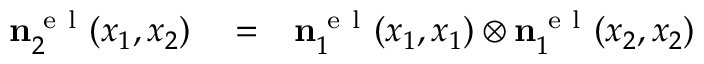
\begin{array} { r l r } { \ensuremath { \mathbf { n } } _ { 2 } ^ { \ensuremath { \mathrm { ~ e ~ l ~ } } } ( x _ { 1 } , x _ { 2 } ) } & { { } = } & { \ensuremath { \mathbf { n } } _ { 1 } ^ { \ensuremath { \mathrm { ~ e ~ l ~ } } } ( x _ { 1 } , x _ { 1 } ) \otimes \ensuremath { \mathbf { n } } _ { 1 } ^ { \ensuremath { \mathrm { ~ e ~ l ~ } } } ( x _ { 2 } , x _ { 2 } ) } \end{array}